DOW-UAP-D51, Email Correspondence, Pacific Time Zone, March 2023
Agency: Department of War
Incident date: 3/23/26
Incident location: Pacific Time Zone
Page 2
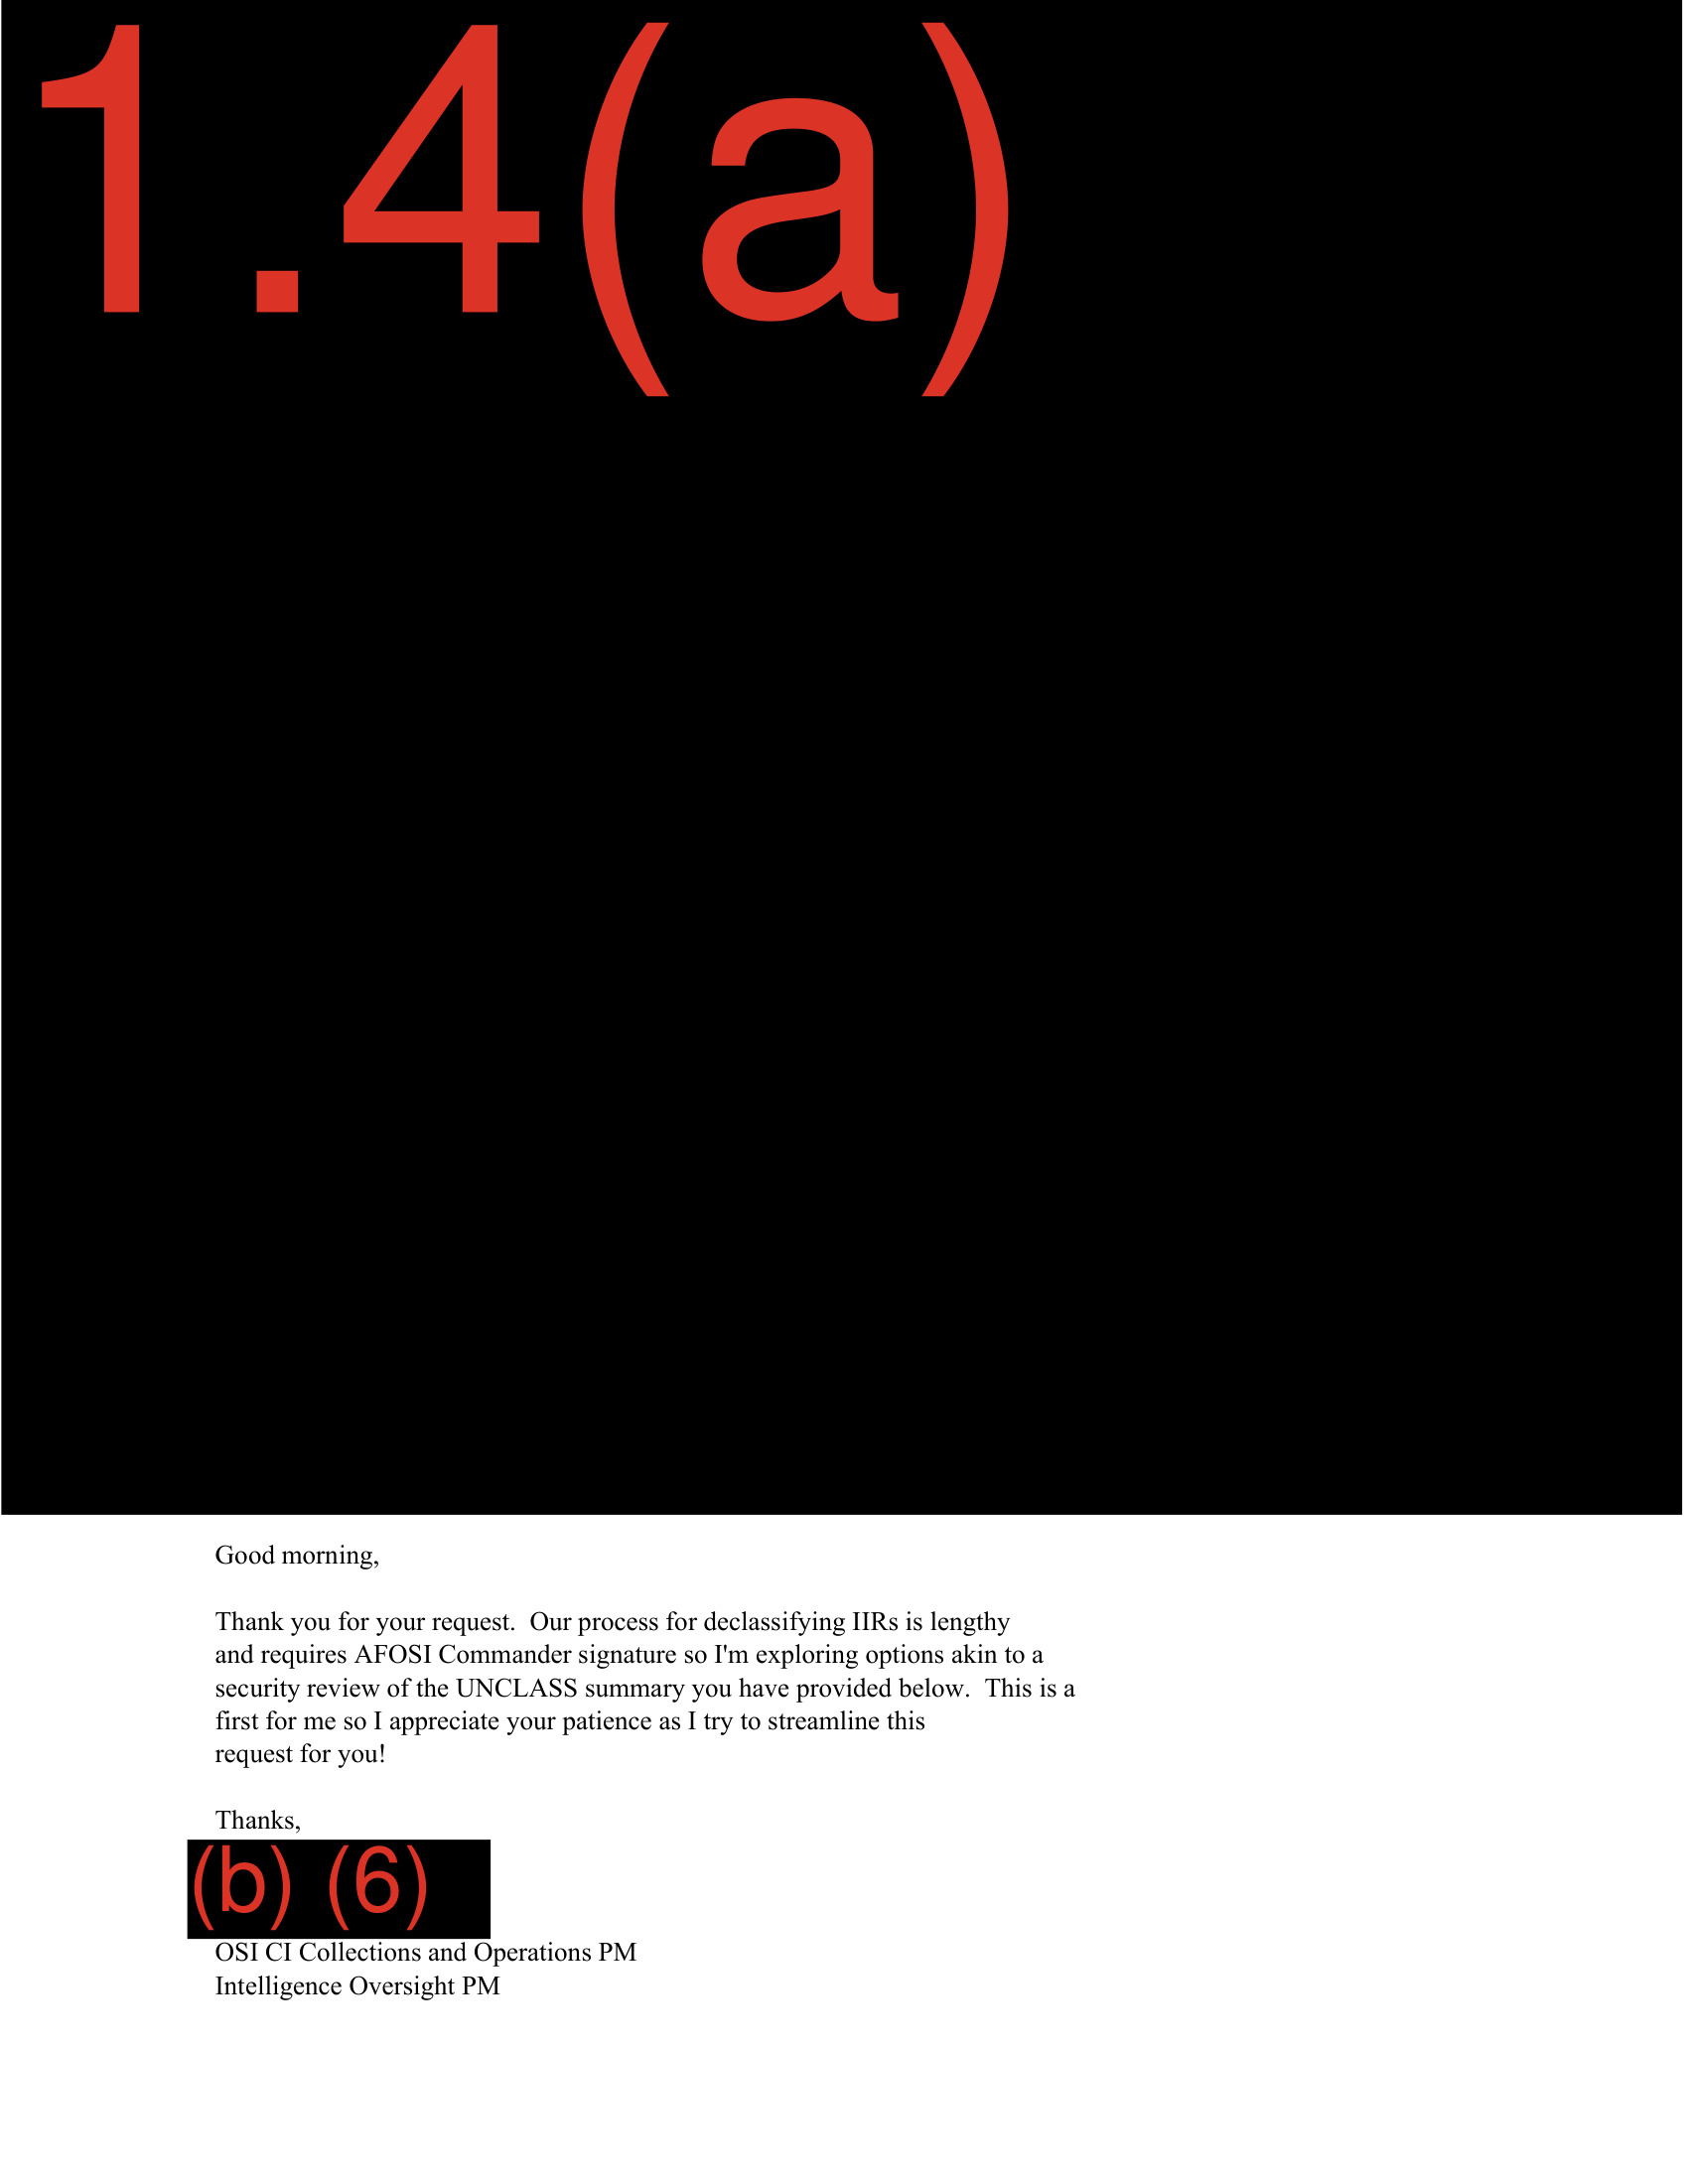